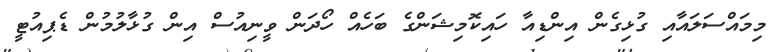
މިމައްސަލައާއި ގުޅިގެން އިންޑިއާ ހައިކޮމިޝަންގެ ބަހެއް ހޯދަން ވީނިއުސް އިން ގުޅާލުމުން ޑެޕިއުޓީ